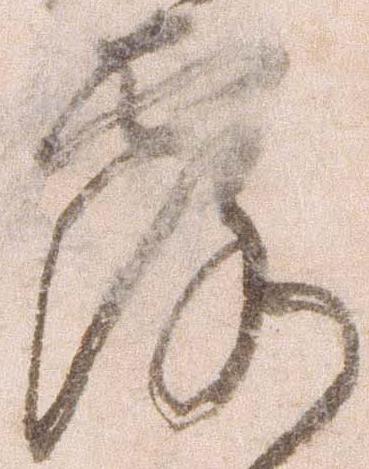
露